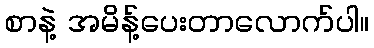
စာနဲ့ အမိန့်ပေးတာလောက်ပါ။